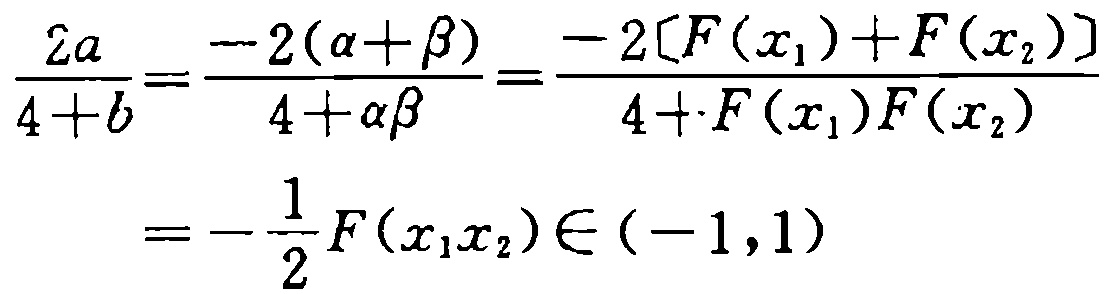
\[\frac{2a}{4 + b} = \frac{-2(\alpha+\beta)}{4+\alpha\beta}=\frac{-2[F(x_1)+F(x_2)]}{4 + F(x_1)F(x_2)}=-\frac{1}{2}F(x_1x_2)\in(-1,1)\]